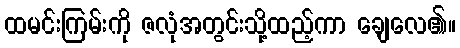
ထမင်းကြမ်းကို ဇလုံအတွင်းသို့ထည့်ကာ ချေလေ၏။